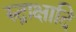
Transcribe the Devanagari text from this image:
रुद्राक्षादि